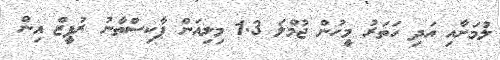
ލުމަށާއި އަދި ހަތަރު މީހުން ޖުމްލަ 1.3 މިލިއަން ޕާކިސްތާނު ރުޕީޒް އިން